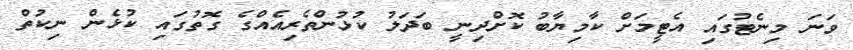
ވަނަ މިނެޓުގައި އެޓީމަށް ކާމިޔާބު ކޮށްދިނީ ބަދަލު ކުޅުންތެރިއެއްގެ ގޮތުގައި ކުޅެން ނިކުތް